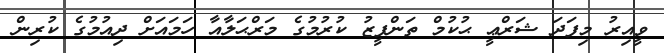
ވީއިރު މިފަދަ ޝަރްޢީ ޙުކުމް ތަންފީޒު ކުރުމުގެ މަރްޙަލާއާ ހަމައަށް ދިއުމުގެ ކުރިން